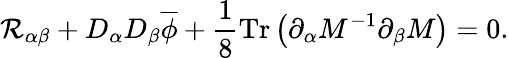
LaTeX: \mathcal{R}_{\alpha\beta}+D_{\alpha}D_{\beta}\overline{{{{\phi}}}}+\frac{{1}}{{8}}\mathrm{{Tr}}\left(\partial_{\alpha}M^{-1}\partial_{\beta}M\right)=0.